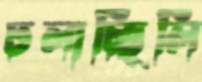
ঢলাচ্ছিলি